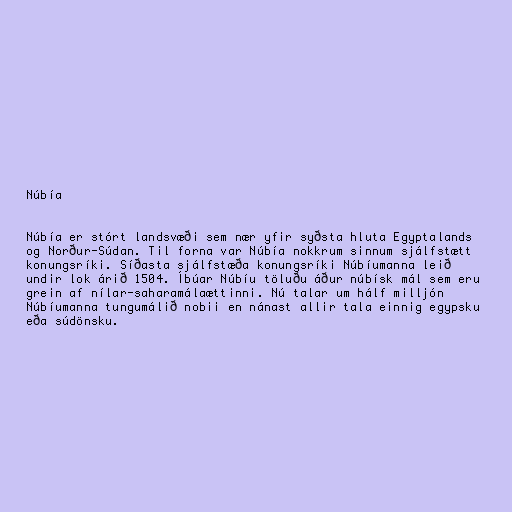
Núbía

Núbía er stórt landsvæði sem nær yfir syðsta hluta Egyptalands
og Norður-Súdan. Til forna var Núbía nokkrum sinnum sjálfstætt
konungsríki. Síðasta sjálfstæða konungsríki Núbíumanna leið
undir lok árið 1504. Íbúar Núbíu töluðu áður núbísk mál sem eru
grein af nílar-saharamálaættinni. Nú talar um hálf milljón
Núbíumanna tungumálið nobii en nánast allir tala einnig egypsku
eða súdönsku.